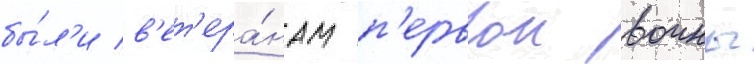
бы́л'и в'ет'ера́нам п'ервои воины